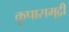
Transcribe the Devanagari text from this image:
कृपासमुद्री